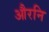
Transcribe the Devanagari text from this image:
औरनि